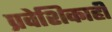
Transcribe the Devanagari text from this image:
प्रवेशिकाही